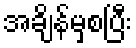
အချိန်မှစပြီး